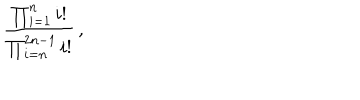
{ \frac { \prod _ { i = 1 } ^ { n } i ! } { \prod _ { i = n } ^ { 2 n - 1 } i ! } } \, ,